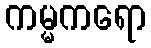
ကမ္မကရော